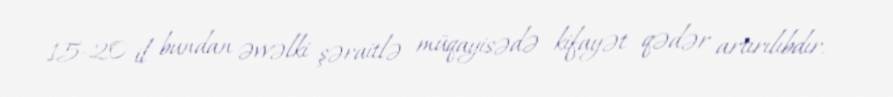
15-20 il bundan əvvəlki şəraitlə müqayisədə kifayət qədər artırılıbdır.